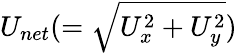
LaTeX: U_{net}(=\sqrt{U_{x}^{2}+U_{y}^{2}})